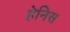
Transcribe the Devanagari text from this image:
हेनिस